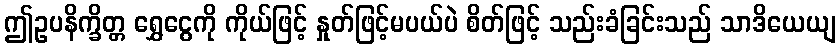
ဤဥပနိက္ခိတ္တ ရွှေငွေကို ကိုယ်ဖြင့် နှုတ်ဖြင့်မပယ်ပဲ စိတ်ဖြင့် သည်းခံခြင်းသည် သာဒိယေယျ